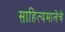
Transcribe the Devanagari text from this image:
साहित्यमालेचे